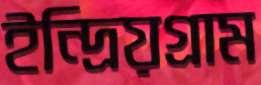
ইন্দ্রিয়গ্রাম